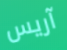
آريس